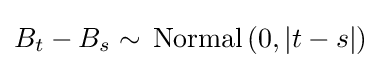
B_{t}-B_{s}\sim \,\mathrm {Normal} \left(0,|t-s|\right)